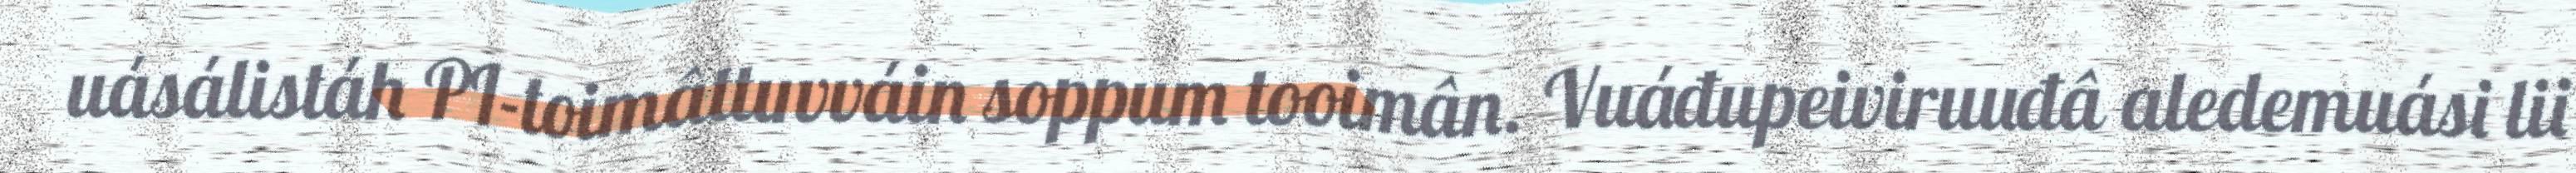
uásálistáh PI-toimâttuvváin soppum tooimân. Vuáđupeiviruuđâ aledemuási lii